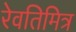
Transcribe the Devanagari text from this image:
रेवतिमित्र